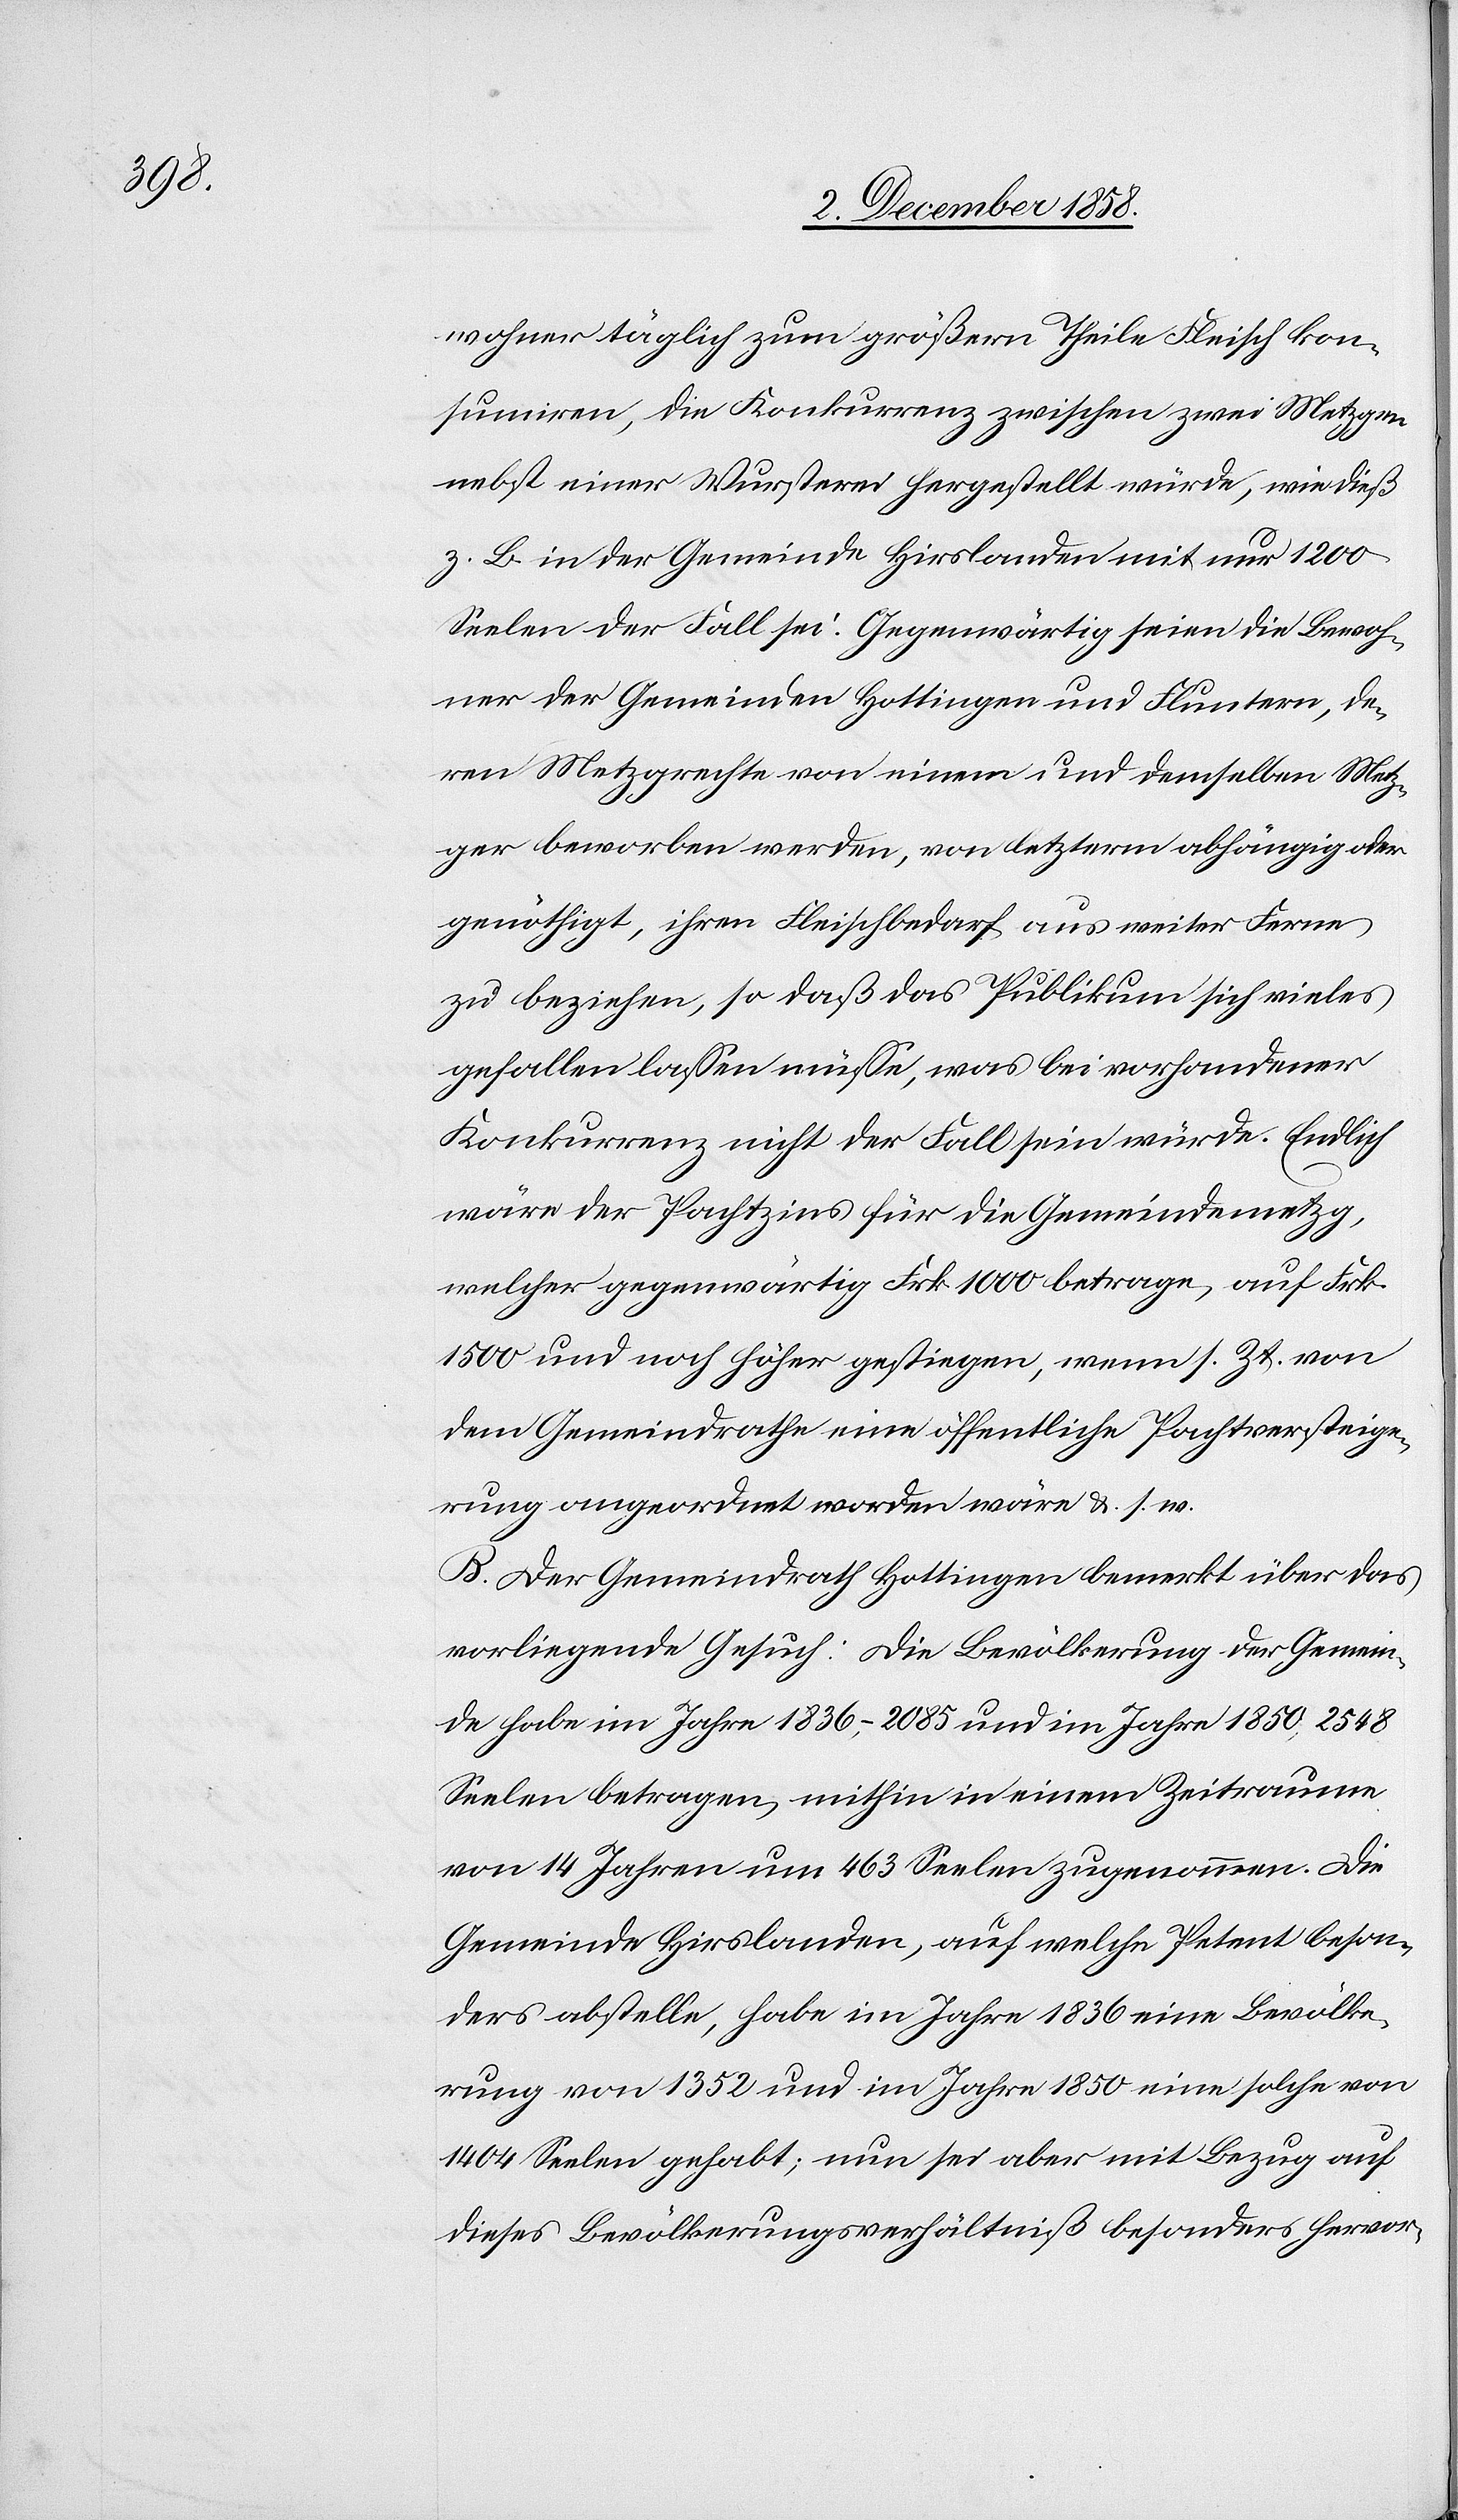
wohner täglich zum größern Theile Fleisch kon¬
sumiren, die Konkurrenz zwischen zwei Metzgen
nebst einer Wursterei hergestellt würde, wie dieß
z. B. in der Gemeinde Hirslanden mit nur 1200
Seelen der Fall sei. Gegenwärtig seien die Bewoh¬
ner der Gemeinden Hottingen und Fluntern, de¬
ren Metzgrechte von einem und demselben Metz¬
ger beworben werden, von letzterm abhängig oder
genöthigt, ihren Fleischbedarf aus weiter Ferne
zu beziehen, so daß das Publikum sich vieles
gefallen lassen müsse, was bei vorhandener
Konkurrenz nicht der Fall sein würde. Endlich
wäre der Pachtzins für die Gemeindemetzg,
welcher gegenwärtig Frk. 1000 betrage, auf Frk.
1500 und noch höher gestiegen, wenn s. Zt. von
dem Gemeindrathe eine öffentliche Pachtversteige¬
rung angeordnet worden wäre &. s. w.
B. Der Gemeindrath Hottingen bemerkt über das
vorliegende Gesuch: Die Bevölkerung der Gemein¬
de habe im Jahre 1836, – 2085 und im Jahre 1850, 2548
Seelen betragen, mithin in einem Zeitraume
von 14 Jahren um 463 Seelen zugenommen. Die
Gemeinde Hirslanden, auf welche Petent beson¬
ders abstelle, habe im Jahre 1836 eine Bevölke¬
rung von 1352 und im Jahre 1850 eine solche von
1404 Seelen gehabt; nun sei aber mit Bezug auf
dieses Bevölkerungsverhältniß besonders hervor-